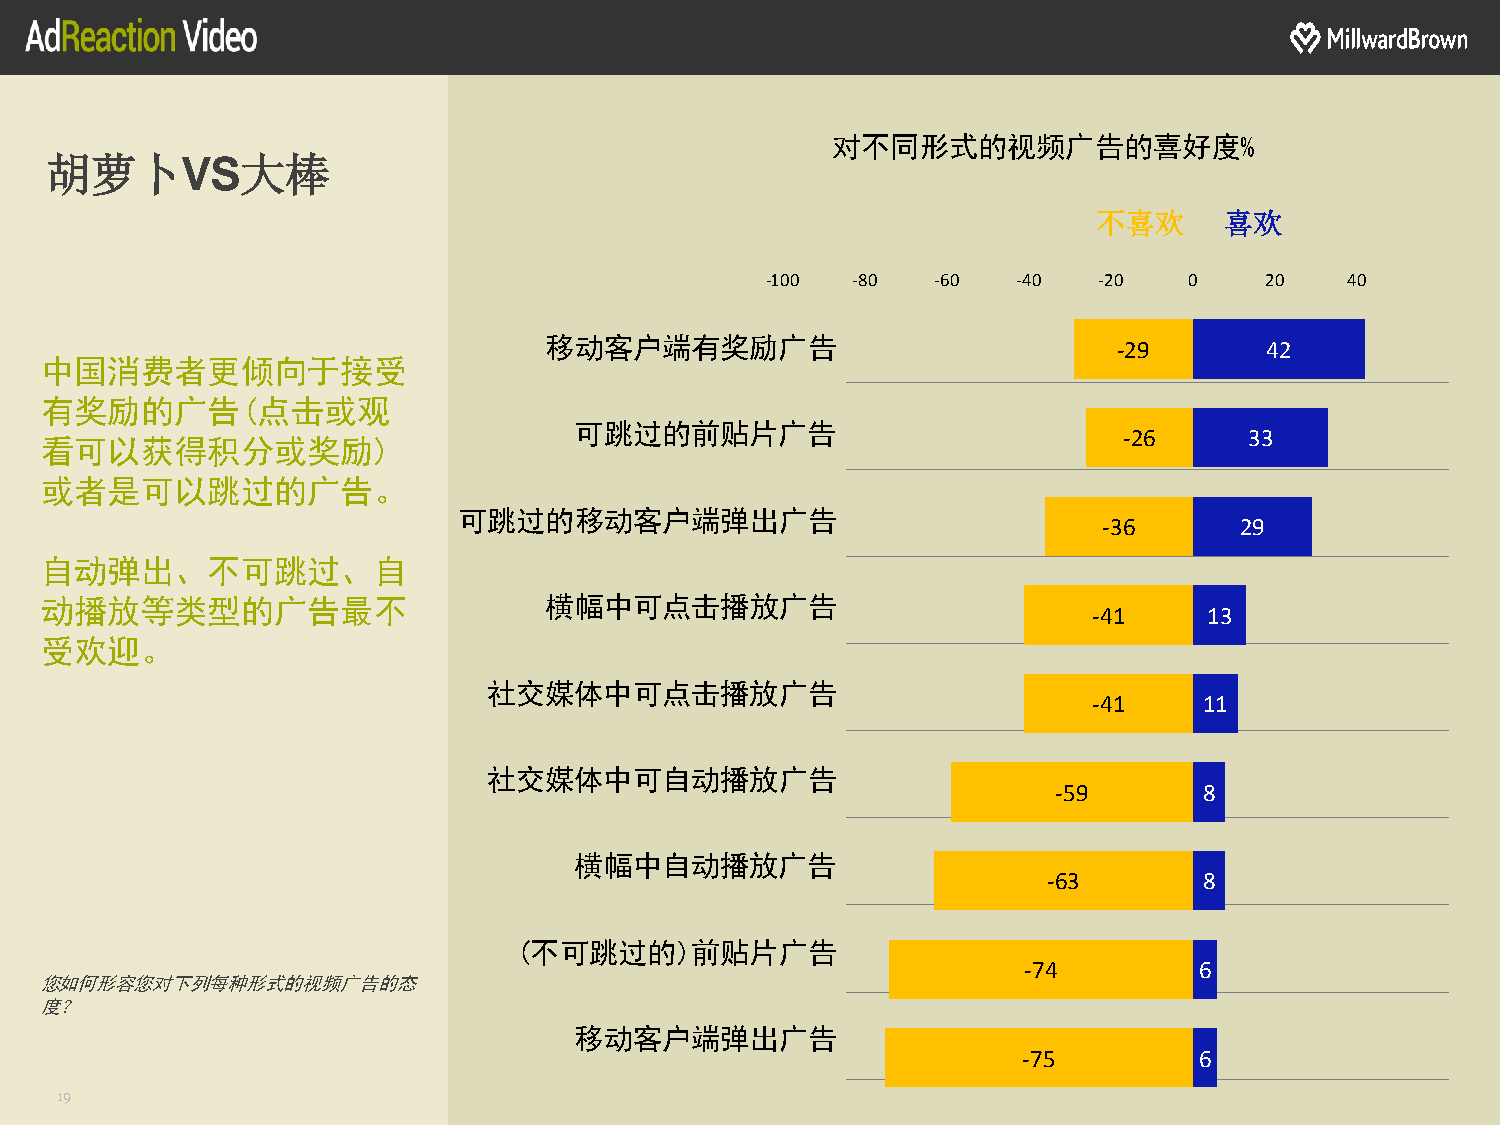
对不同形式的视频广告的喜好度%
 胡萝卜VS大棒
 不喜欢     喜欢
 -100 -80   -60  -40   -20   0    20   40
 移动客户端有奖励广告                            -29       42
 中国消费者更倾向于接受
 有奖励的广告(点击或观
 可跳过的前贴片广告
 -26      33
 看可以获得积分或奖励)
 或者是可以跳过的广告。
 可跳过的移动客户端弹出广告
 -36      29
 自动弹出、不可跳过、自
 动播放等类型的广告最不                      横幅中可点击播放广告
 -41     13
 受欢迎。
 社交媒体中可点击播放广告
 -41     11
 社交媒体中可自动播放广告
 -59       8
 横幅中自动播放广告
 -63        8
 (不可跳过的)前贴片广告
 -74        6
 您如何形容您对下列每种形式的视频广告的态
 度？
 移动客户端弹出广告
 -75        6
 19